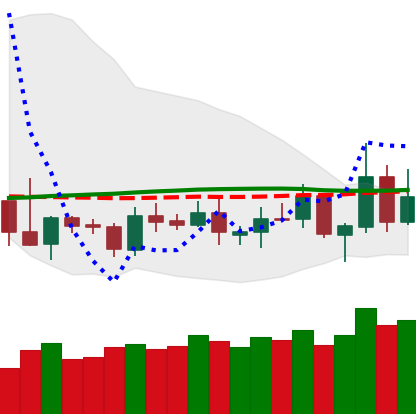
Ticker: TRX-USD
Chart end date: 2019-05-13
Forward return: 8.961%
Label: up_7plus